Annual report of the Punjab Veterinary College and of the Civil Veterinary Department, Punjab - 1909-1919
Year: 1909
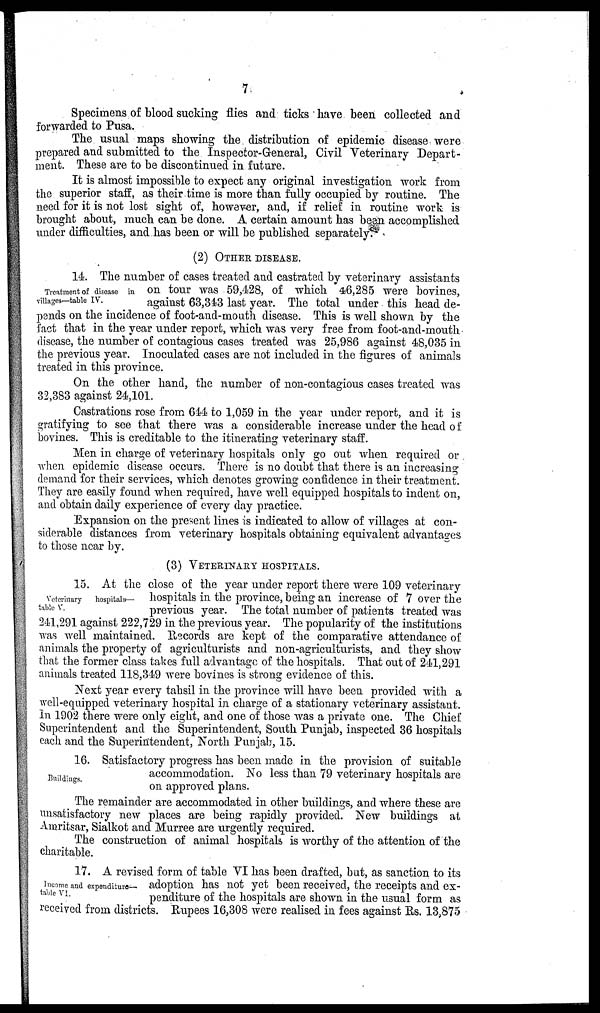
7
Specimens of blood sucking flies and ticks have been collected and
forwarded to Pusa.
The usual maps showing the. distribution of epidemic disease were
prepared and submitted to the Inspector-General, Civil Veterinary Depart-
ment. These are to be discontinued in future.
It is almost impossible to expect any original investigation work from
the superior staff, as their time is more than fully occupied by routine. The
need for it is not lost sight of, however, and, if relief in routine work is
brought about, much can be done. A certain amount has been accomplished
under difficulties, and has been or will be published separately.
(2) OTHER DISEASE.
Treatment of disease in
villages—table IV.
14. The number of cases treated and castrated by veterinary assistants
on tour was 59,428, of which 46,285 were bovines,
against 63,343 last year. The total under this head de-
pends on the incidence of foot-and-mouth disease. This is well shown by the
fact that in the year under report, which was very free from foot-and-mouth
disease, the number of contagious cases treated was 25,986 against 48,035 in
the previous year. Inoculated cases are not included in the figures of animals
treated in this province.
On the other hand, the number of non-contagious cases treated was
32,383 against 24,101.
Castrations rose from 644 to 1,059 in the year under report, and it is
gratifying to see that there was a considerable increase under the head of
bovines. This is creditable to the itinerating veterinary staff.
Men in charge of veterinary hospitals only go out when required or
when epidemic disease occurs. There is no doubt that there is an increasing
demand for their services, which denotes growing confidence in their treatment.
They are easily found when required, have well equipped hospitals to indent on,
and obtain daily experience of every day practice.
Expansion on the present lines is indicated to allow of villages at con-
siderable distances from veterinary hospitals obtaining equivalent advantages
to those near by.
(3) VETERINARY HOSPITALS.
Veterinary
hospitals—
table V.
15. At the close of the year under report there were 109 veterinary
hospitals in the province, being an increase of 7 over the
previous year. The total number of patients treated was
241,291 against 222,729 in the previous year. The popularity of the institutions
was well maintained. Records are kept of the comparative attendance of
animals the property of agriculturists and non-agriculturists, and they show
that the former class takes full advantage of the hospitals. That out of 241,291
animals treated 118,349 were bovines is strong evidence of this.
Next year every tahsil in the province will have been provided with a
well-equipped veterinary hospital in charge of a stationary veterinary assistant.
In 1902 there were only eight, and one of those was a private one. The Chief
Superintendent and the Superintendent, South Punjab, inspected 36 hospitals
each and the Superintendent, North Punjab, 15.
Buildings.
16. Satisfactory progress has been made in the provision of suitable
accommodation. No less than 79 veterinary hospitals are
on approved plans.
The remainder are accommodated in other buildings, and where these are
unsatisfactory new places are being rapidly provided. New buildings at
Amritsar, Sialkot and Murree are urgently required.
The construction of animal hospitals is worthy of the attention of the
charitable.
Income and expenditure—
table VI.
17. A revised form of table VI has been drafted, but, as sanction to its
adoption has not yet been received, the receipts and ex-
penditure of the hospitals are shown in the usual form as
received from districts. Rupees 16,308 were realised in fees against Rs. 13,875